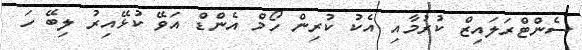
ސެންޓްރަލައިޒް ކުރުމާއި އެކު ކުރިން ހޯމް އެންޑް އަވޭ ކުޅޭއިރު ލިބޭ ހަ